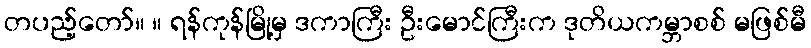
တပည့်တော်။ ။ ရန်ကုန်မြို့မှ ဒကာကြီး ဦးမောင်ကြီးက ဒုတိယကမ္ဘာစစ် မဖြစ်မီ